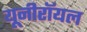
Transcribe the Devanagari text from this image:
यूनीरॉयल